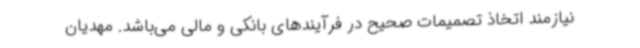
نیازمند اتخاذ تصمیمات صحیح در فرآیندهای بانکی و مالی می‌باشد. مهدیان